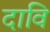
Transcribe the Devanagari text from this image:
दावि